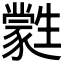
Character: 𤯼